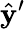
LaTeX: \hat{\mathbf{y}}^{\prime}